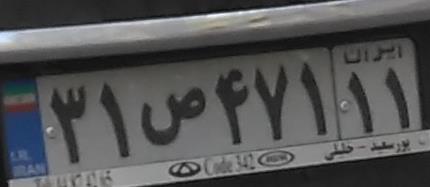
۳۱ص۴۷۱۱۱